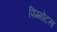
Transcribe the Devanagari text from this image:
पिग्गोटस